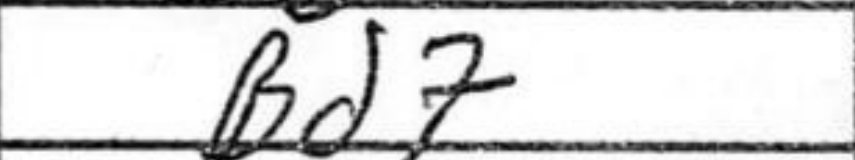
Transcription: Bd7